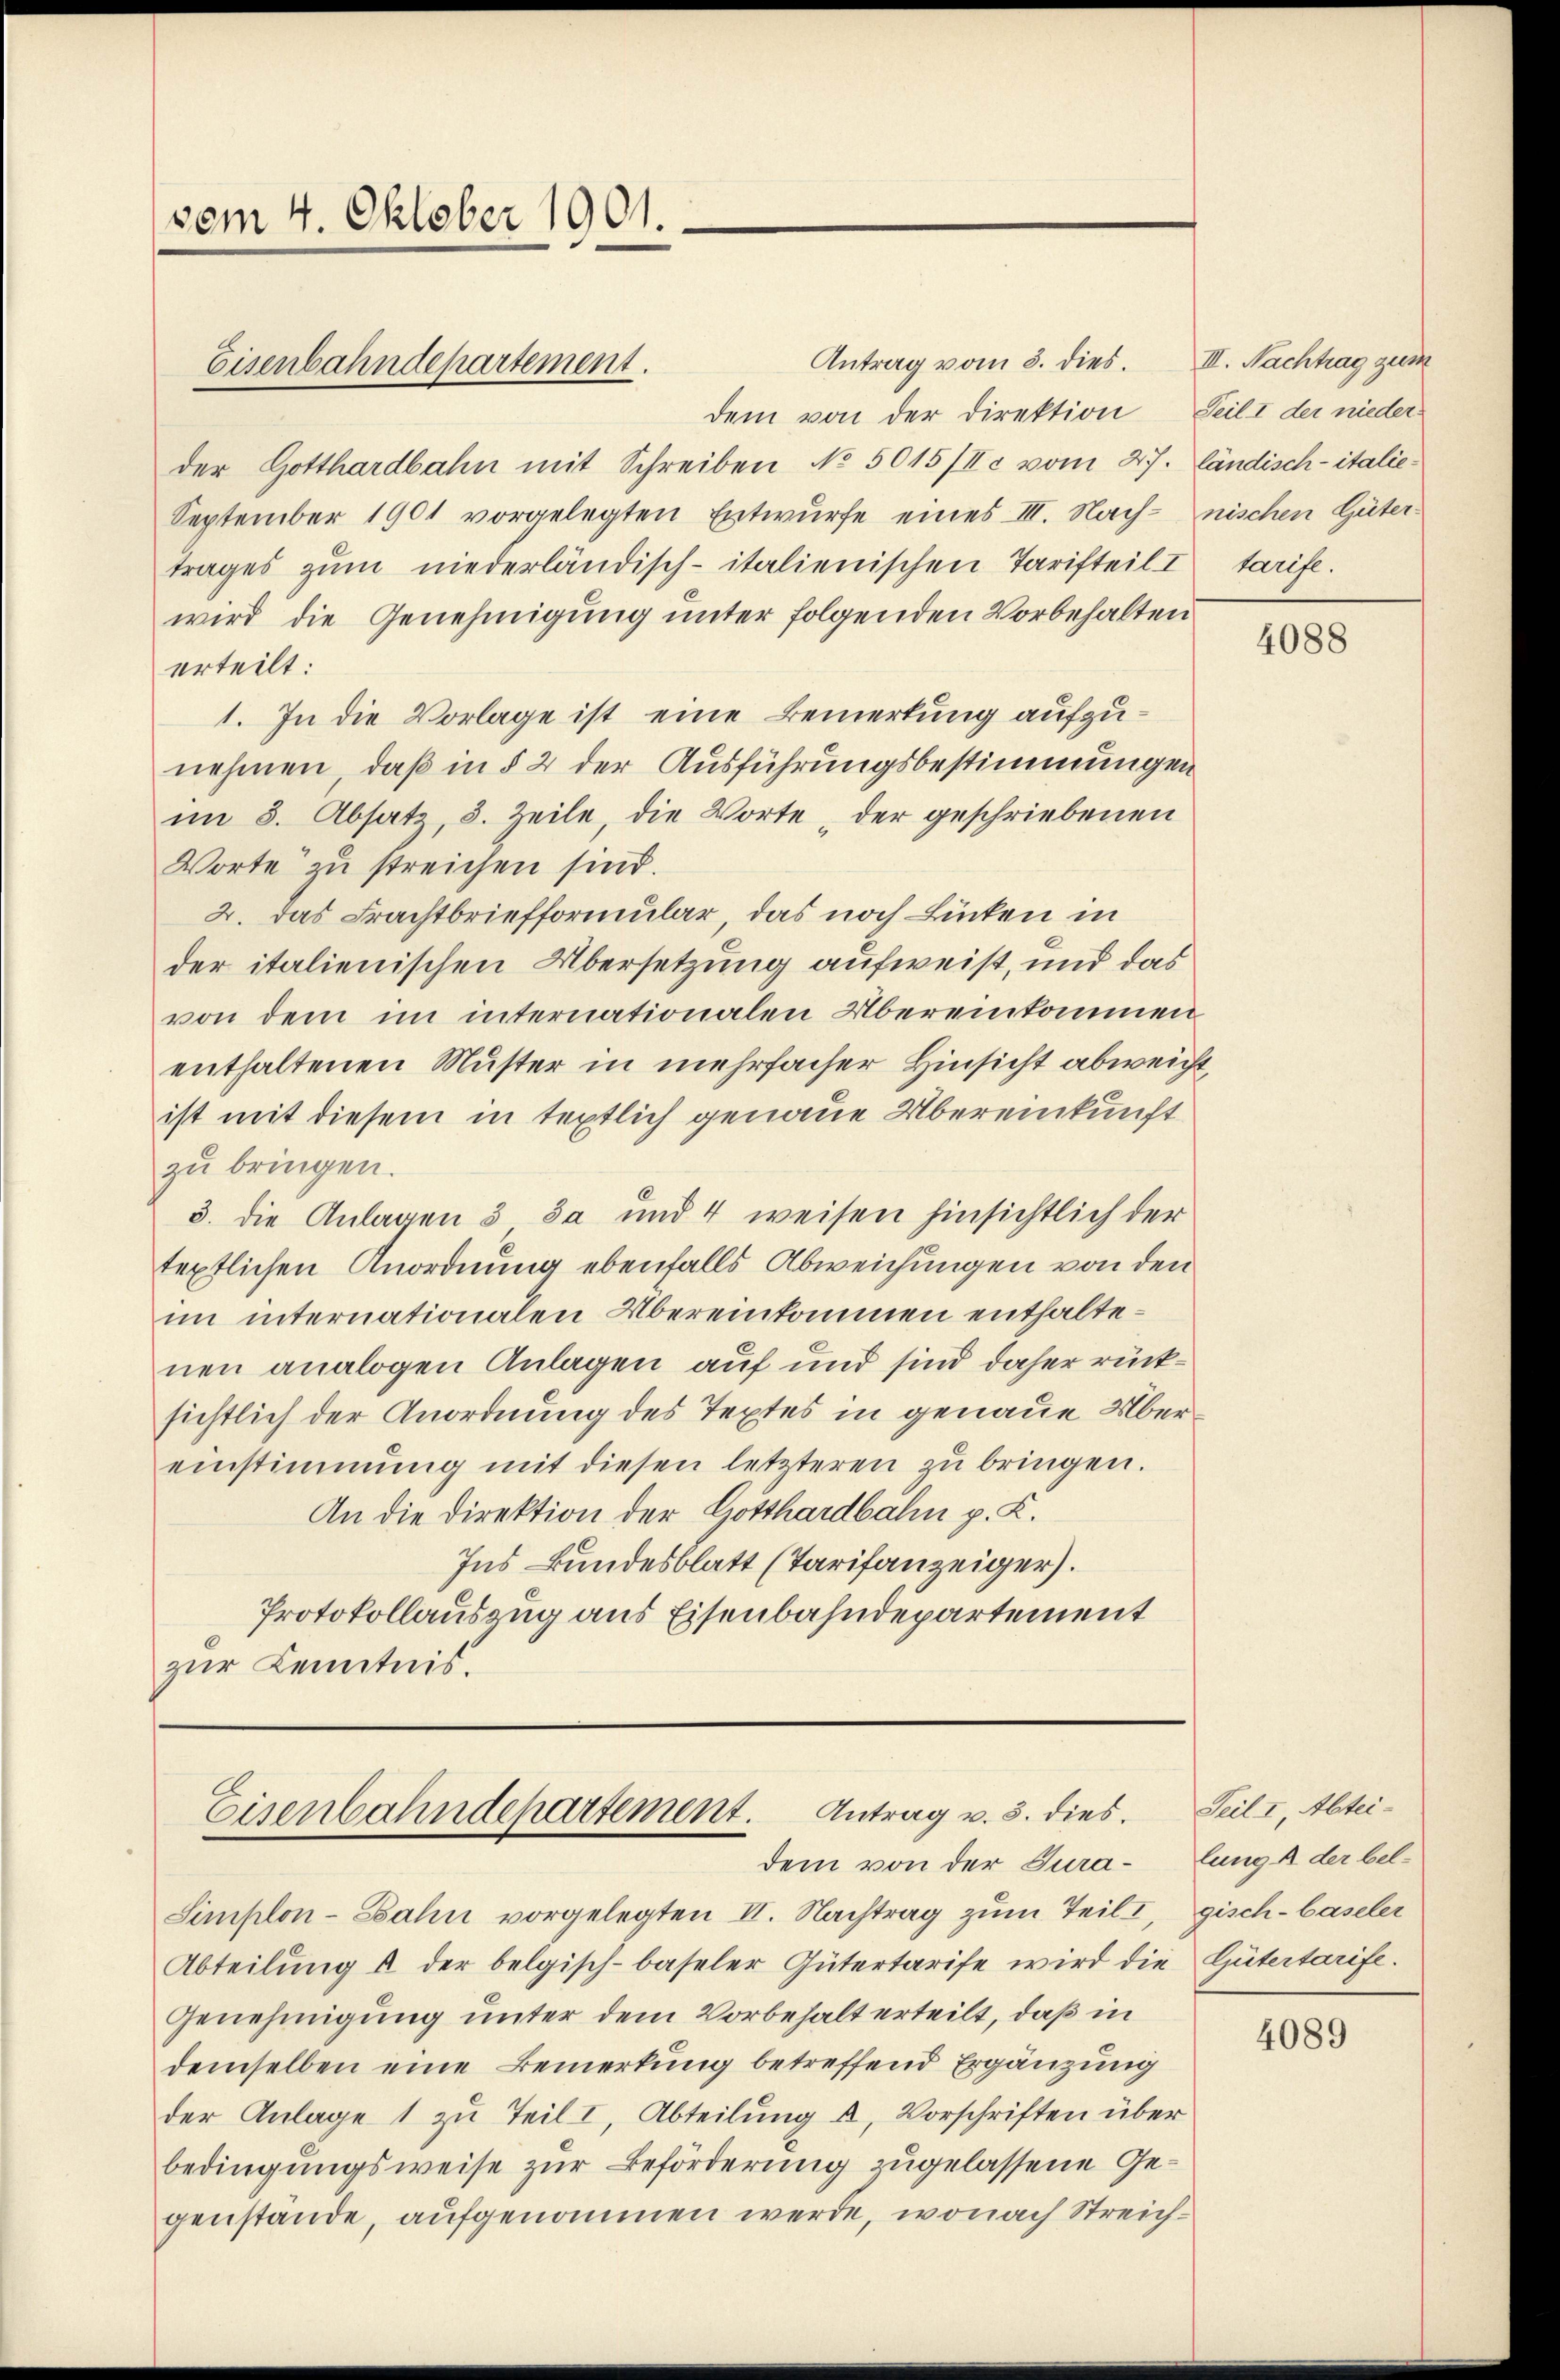
vom 4. Oktober 1901.

Eisenbahndepartement.

Antrag vom 3. dies. III. Nachtrag zum
dem von der Direktion Teil I der nieder
der Gotthardbahn mit Schreiben No 5015/Ic vom 27. ländisch-italie¬
September 1901 vorgelegten Entwurfe eines III. Nach- nischen Güter-
trages zŭm niederländisch-italienischen Tarifteil I tarife.
wird die Genehmigung unter folgenden Vorbehalten
erteilt:
1. In die Vorlage ist eine Bemerkung aufzunehmen, daß in § 2 der Ausführungsbestimmungen
im 8. Absatz, 3. Zeile, die Worte der geschriebenen
Worte zu streichen sind.
2. Das Frachtbriefformular, das noch Lücken in
der italienischen Übersetzung aufweist, und das
von dem im internationalen Übereinkommen
enthaltenen Muster in mehrfacher Hinsicht abweicht,
ist mit diesem in textlich genaue Übereinkunft
zu bringen.
3. die Anlagen & da und 4 weisen hinsichtlich der
teptlichen Anordnung ebenfalls Abweichungen von den
im internationalen Übereinkommen enthaltenen analogen Anlagen auf und sind daher rücksichtlich der Anordnung des Textes in genaue Übereinstimmung mit diesen letzteren zu bringen.
An die Direktion der Gotthardbahn p. K.
Ins Bundesblatt (Tarifanzeiger).
Protokollauszug aus Eisenbahndepartement
zur Kenntnis.

Eisenbahndepartement. Antrag u. 3. dies
dem von der Jura¬

Simplon-Zahn vorgelegten II. Nachtrag zum Teil I, gisch-baseler
Abteilŭng u der belgisch-baseler Gütertarife wird die Gütertarife.
Genehmigung unter dem Vorbehalt erteilt, daß in
demselben eine Bemerkung betreffend Ergänzung
der Anlage 1 zu Teil I, Abteilung a. Vorschriften über
bedingungsweise zur Beförderung zugelassene Gegenstände, aufgenommen werde, wonach Streich¬

4088

Teil I Abteilung A der bel¬

4089